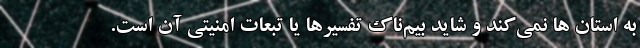
به استان ها نمی‌‌کند و شاید بیم‌ناک تفسیرها یا تبعات امنیتی آن است.